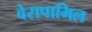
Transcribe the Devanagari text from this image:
वेरापामिल